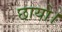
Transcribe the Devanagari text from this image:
छायो।